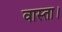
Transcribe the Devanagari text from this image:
वास्ता।